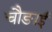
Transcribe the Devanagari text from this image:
चौङाई